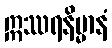
ဣဿရနိမ္မာနံ